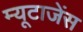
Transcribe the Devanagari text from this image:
म्यूटाजेंस